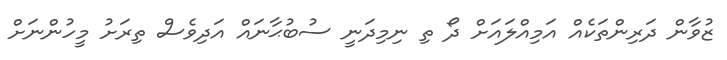
ޒުވާން ދަރިންތަކެއް އަމިއްލައަށް ދޯ ތި ނިމިދަނީ ސުބުޙާނައް އަދިވެސް ތިރަށު މީހުންނަށް